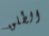
الطلق